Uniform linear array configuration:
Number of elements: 16
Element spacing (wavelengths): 0.25
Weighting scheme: hann
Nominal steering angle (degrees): -60
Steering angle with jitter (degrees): -59.562
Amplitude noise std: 0.05
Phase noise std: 0.05

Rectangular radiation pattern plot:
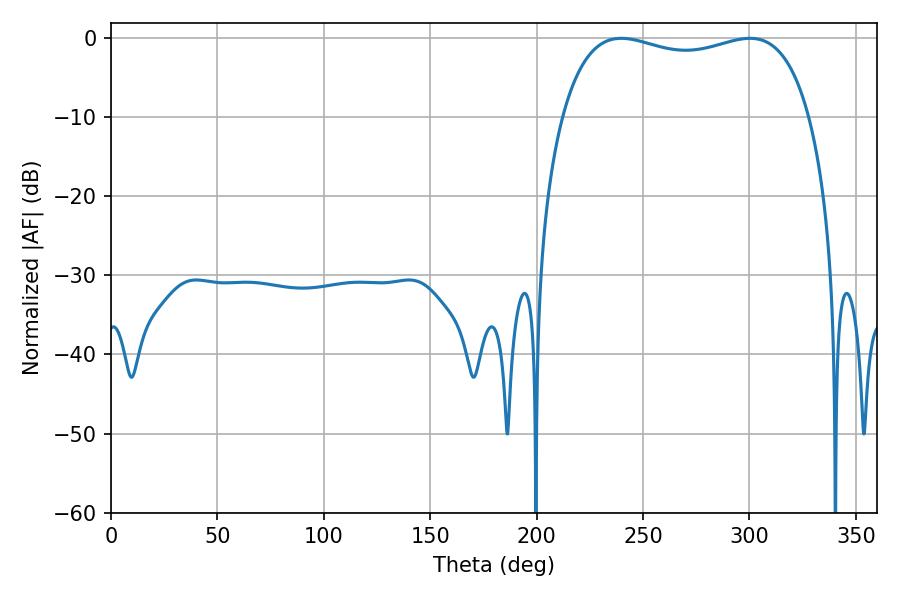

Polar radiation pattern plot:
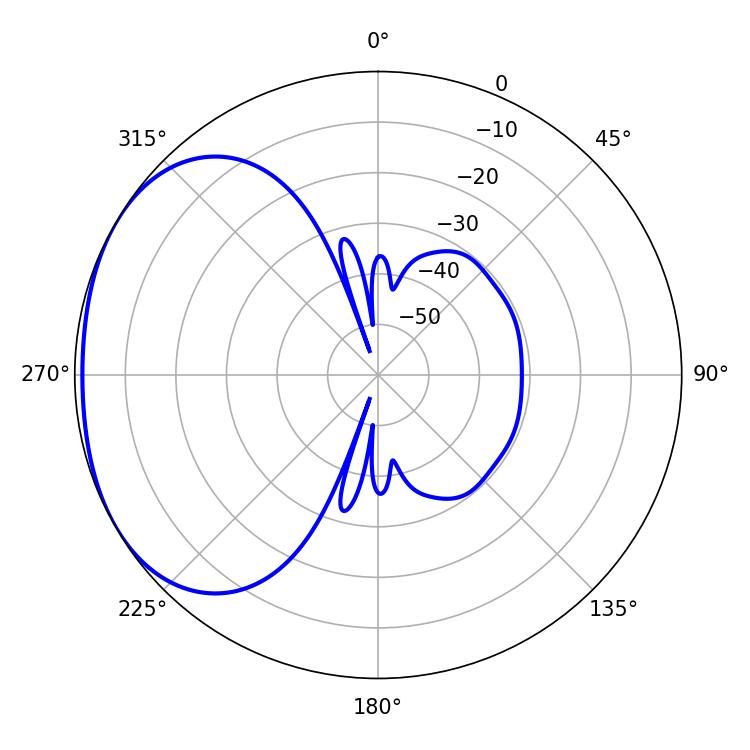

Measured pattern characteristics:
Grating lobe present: FALSE
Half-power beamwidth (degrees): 95.04
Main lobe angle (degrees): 239.76